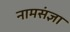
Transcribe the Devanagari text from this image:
नामसंज्ञा